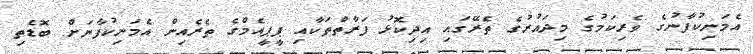
އެމަނިކުފާނުގެ ވެރިކަމުގެ މިދައުރުގެ ތެރޭގައި އިދިކޮޅު ފަރާތްތަކާއި ޕީޕީއެމްގެ ތެރެއިން އެމަނިކުފާނަށް ބޮޑެތި